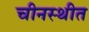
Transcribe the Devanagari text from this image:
चीनस्थीत